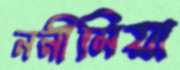
ননীমিয়া